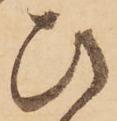
ひ